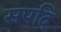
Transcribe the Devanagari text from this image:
सपदि